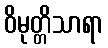
ဝိမုတ္တိသာရာ